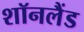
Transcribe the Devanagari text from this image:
शॉनलैंड